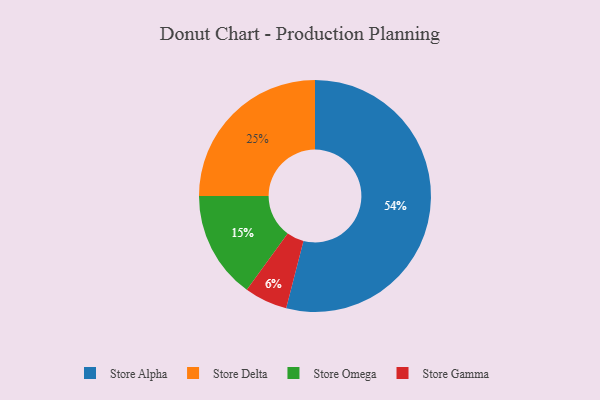
{"axis": {"x": "Category", "y": "Percentage"}, "legend": ["Store Alpha", "Store Delta", "Store Gamma", "Store Omega"], "data": [{"x": "Store Alpha", "y": 54, "type": "Store Alpha"}, {"x": "Store Gamma", "y": 6, "type": "Store Gamma"}, {"x": "Store Delta", "y": 25, "type": "Store Delta"}, {"x": "Store Omega", "y": 15, "type": "Store Omega"}]}